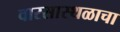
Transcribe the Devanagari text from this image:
वारसास्थळाचा